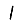
Digit: 1